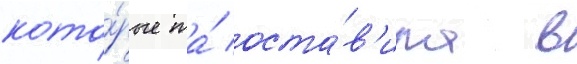
кото́рые та́ оста́в'ила в